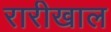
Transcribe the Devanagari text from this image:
रारीखाल